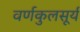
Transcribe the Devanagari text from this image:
वर्णकुलसूर्य